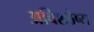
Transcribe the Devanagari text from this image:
अविश्लेष्य